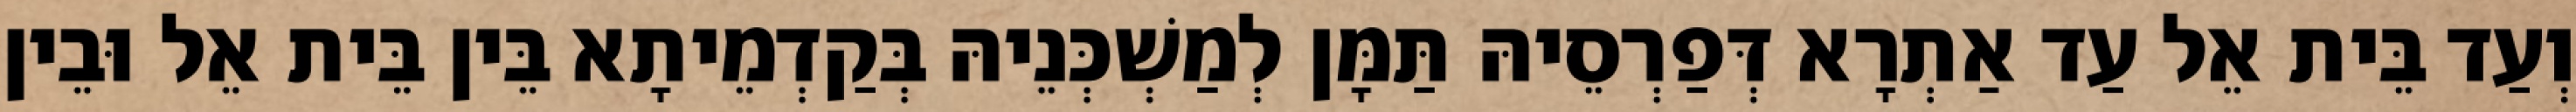
וְעַד בֵּית אֵל עַד אַתְרָא דְּפַרְסֵיהּ תַּמָּן לְמַשְׁכְּנֵיהּ בְּקַדְמֵיתָא בֵּין בֵּית אֵל וּבֵין